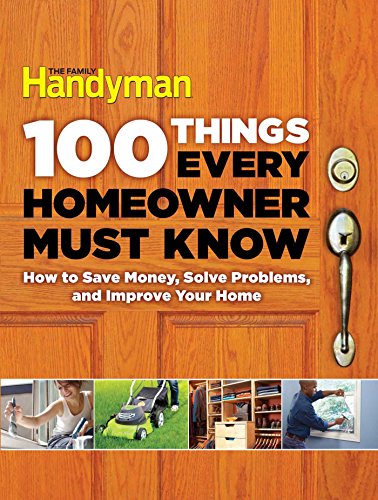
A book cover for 100 Things Every Homeowner Must Know: How to Save Money, Solve Problems and Improve Your Home; Editors Of Family Handyman; Crafts, Hobbies & Home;